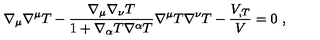
\nabla _ { \mu } \nabla ^ { \mu } T - \frac { \nabla _ { \mu } \nabla _ { \nu } T } { 1 + \nabla _ { \alpha } T \nabla ^ { \alpha } T } \nabla ^ { \mu } T \nabla ^ { \nu } T - \frac { V _ { , T } } { V } = 0 \ ,